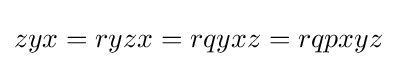
zyx=ryzx=rqyxz=rqpxyz